King Institute of Preventive Medicine Micro-Biological Section reports 1912-19
Year: 1912
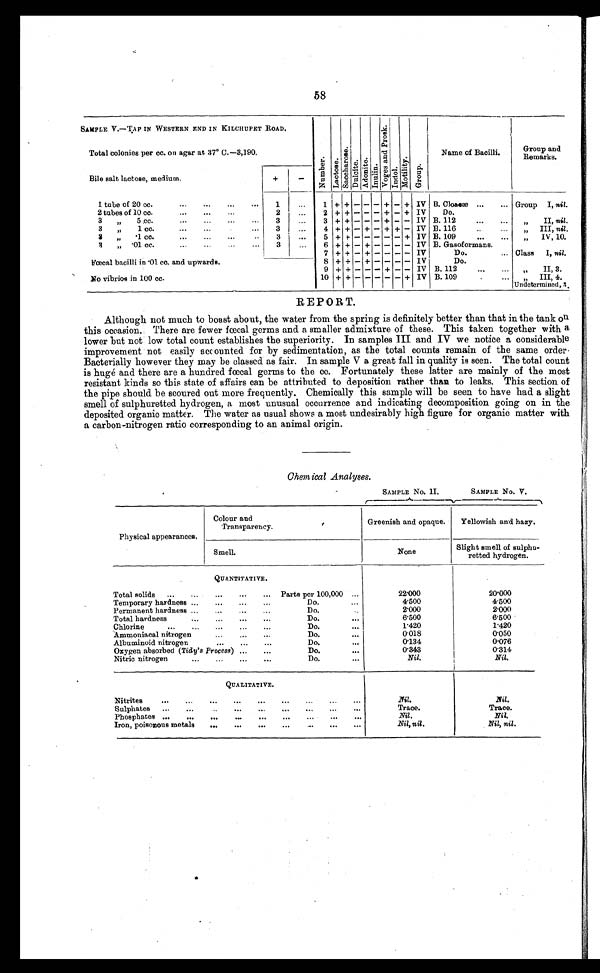
58
SAMPLE V.—TAP IN WESTERN END IN KILCHUPET ROAD.
N u m b e r .
L a c t o s e .
S a c c h a r o s e .
D u l c i t e .
Adoni t e .
I n u l i n .
V o g e s a n d P r o s k .
I n d o l .
M o t i l i t y .
Name of Bacilli. Group and
Remarks.
Total colonies per cc. on agar at 37° C.–3,190.
Bile salt lactose, medium.
+
-
1 + + - -
- + - + IV B. Cloacæ ...
... Group I, nil.
1 tube of 20 cc.
...
...
...
...
1
...
2 tubes of 10 cc.
...
...
...
2
...
2 + + - -
- + - + IV
Do.
3
„
5 .cc.
...
...
...
...
3
...
3 + + - - - + - - IV B. 112...
... „
II, nil.
3
„
1 cc.
...
...
...
3
...
4 + + - + - + + - IV B. 116
..
„ I I I , n i l .
3 „ .1 cc. ... ... ... ..
3
...
5 + + - -
- - - + IV B. 109
...
...
„ IV, 10.
3 „ .01 cc. ...
3 ...
6 + + - + - - - - IV B. Gasoformans.
7 + + - + - - - - IV
Do.
... Class I, nil.
Fœcal bacilli in .01 cc. and upwards.
8 + + - + - - - - IV
Do.
9 + + - - - + - - IV B. 112
„ I I , 3 .
No vibrios in 100 cc.
10 + + - -
- - - + IV B. 109
.
„ I I I , 4 .
Undetermined, 3.
REPORT.
Although not much to boast about, the water from the spring is definitely better than that in the tank on
this occasion. There are fewer faecal germs and a smaller admixture of these. This taken together with a
lower but not low total count establishes the superiority. In samples III and IV we notice a considerable
improvement not easily accounted for by sedimentation, as the total counts remain of the same order.
Bacterially however they may be classed as fair. In sample V a great fall in quality is seen. The total count
is huge and there are a hundred .fœcal germs to the cc. Fortunately these latter are mainly of the most
resistant kinds so this state of affairs can be attributed to deposition rather than to leaks. This section of
the pipe should be scoured out more frequently. Chemically this sample will be seen to have had a slight
smell of sulphuretted hydrogen, a most unusual occurrence and indicating decomposition going on in the
deposited organic matter. The water as usual shows a most undesirably high figure for organic matter with
a carbon-nitrogen ratio corresponding to an animal origin.
Chemical Analyses.
SAMPLE No. II.
SAMPLE No. V.
Physical appearances.
Colour and
Transparency.
Greenish and opaque.
Yellowish and hazy.
Smell.
None
Slight smell of sulphu
¬retted hydrogen.
QUANTITATIVE.
Total solids ...
...
...
...
... Parts per 100,000 ...
2 2 . 0 0 0
20.000
Temporary hardness ...
...
...
Do.
...
4 . 5 0 0
4.500
Permanent hardness ...
...
...
...
Do.
...
2.000
2.000
Total hardness
...
...
...
...
Do.
...
6.500
6.500
Chlorine
...
...
...
...
...
Do.
...
1.420
1.420
Ammoniacal nitrogen
...
...
...
Do.
...
0.018
0.050
Albuminoid nitrogen
...
Do.
...
0.134
0.076
Oxygen absorbed ( Tidy' s Process) ... ...
Do.
...
0.343
0.314
Nitric nitrogen
...
...
...
...
Do.
...
Nil.
Nil.
QUALITATIVE.
Nitrites
...
...
...
...
...
...
...
Nil.
Nil.
Sulphates ...
...
...
...
...
...
...
...
Trace.
Trace.
Phosphates ...
...
...
...
...
...
...
...
Nil.
Nil.
Iron, poisonous metals
...
...
...
...
...
Nil, nil .
Nil, nil.